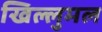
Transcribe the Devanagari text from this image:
खिल्लुमल